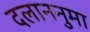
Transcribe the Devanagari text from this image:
दलाननुमा